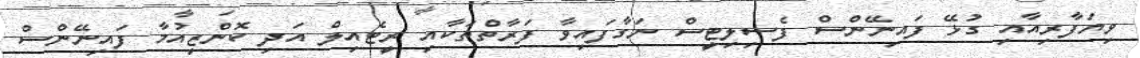
ވިޔަފާރިއާއި ގުޅޭ ފައިނޭންސް ފެސިލިޓީސް ނަގާފައިވާ ފަރާތްތަކާއި ރީޓެއިލް އަދި ކޮންޒިއުމާ ފައިނޭންސް